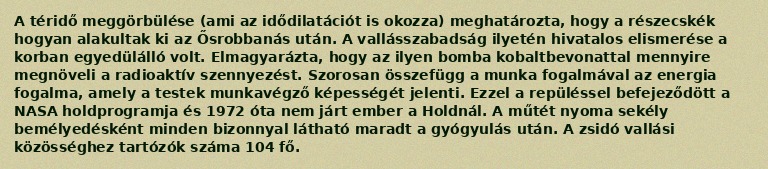
A téridő meggörbülése (ami az idődilatációt is okozza) meghatározta, hogy a részecskék hogyan alakultak ki az Ősrobbanás után. A vallásszabadság ilyetén hivatalos elismerése a korban egyedülálló volt. Elmagyarázta, hogy az ilyen bomba kobaltbevonattal mennyire megnöveli a radioaktív szennyezést. Szorosan összefügg a munka fogalmával az energia fogalma, amely a testek munkavégző képességét jelenti. Ezzel a repüléssel befejeződött a NASA holdprogramja és 1972 óta nem járt ember a Holdnál. A műtét nyoma sekély bemélyedésként minden bizonnyal látható maradt a gyógyulás után. A zsidó vallási közösséghez tartózók száma 104 fő.